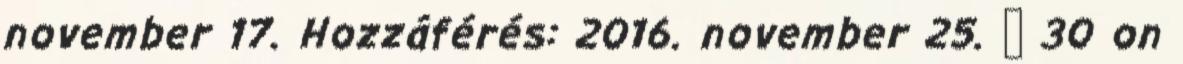
november 17. Hozzáférés: 2016. november 25. ↑ 30 on